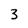
Character: 3